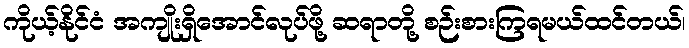
ကိုယ့်နိုင်ငံ အကျိုးရှိအောင်လုပ်ဖို့ ဆရာတို့ စဉ်းစားကြရမယ်ထင်တယ်၊